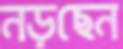
নড়ছেন